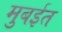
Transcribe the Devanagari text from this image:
मुबईत